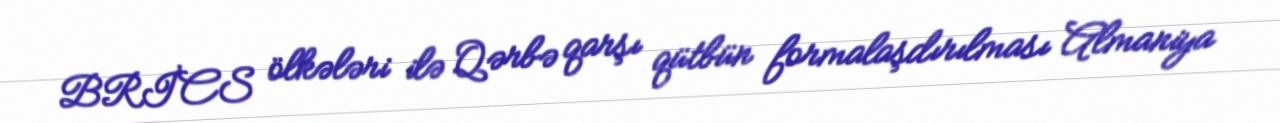
BRİCS ölkələri ilə Qərbə qarşı qütbün formalaşdırılması Almaniya